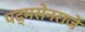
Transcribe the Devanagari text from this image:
पद्मसेनराजे